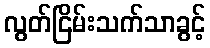
လွတ်ငြိမ်းသက်သာခွင့်